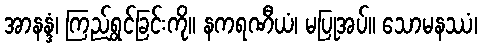
အာနန္ဒံ၊ ကြည်ရွှင်ခြင်းကို။ နကရဏီယံ၊ မပြုအပ်။ သောမနဿံ၊